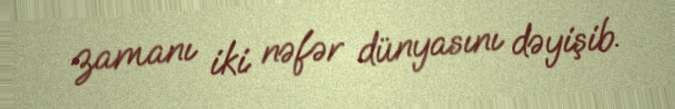
zamanı iki nəfər dünyasını dəyişib.